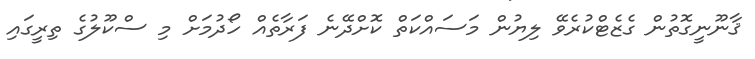
ޤާނޫނީގޮތުން ގެޒެޓްކުރެވޭ ލިޔުން މަސައްކަތް ކޮށްދޭނެ ފަރާތެއް ހޯދުމަށް މި ސްކޫލުގެ ތިރީގައި